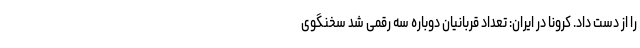
را از دست داد. کرونا در ایران: تعداد قربانیان دوباره سه رقمی شد سخنگوی